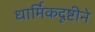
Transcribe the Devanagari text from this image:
धार्मिकदृष्टीने